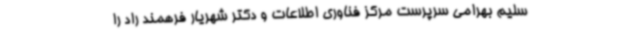
سلیم بهرامی سرپرست مرکز فناوری اطلاعات و دکتر شهریار فرهمند راد را